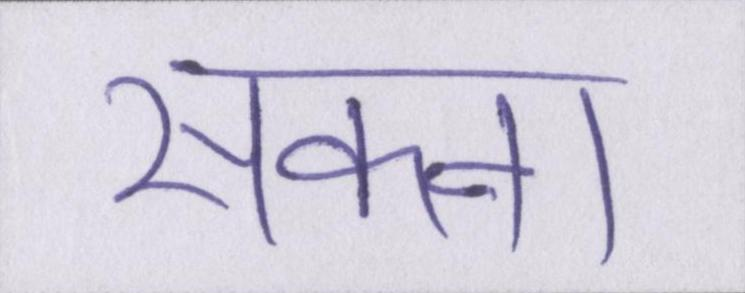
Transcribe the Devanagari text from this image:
सकना